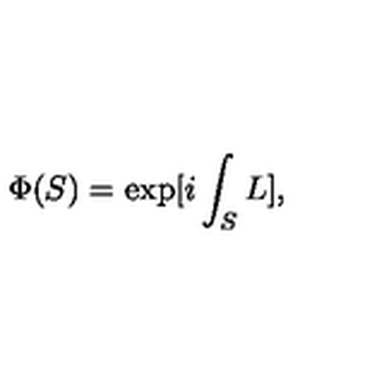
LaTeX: \Phi ( S ) = \exp [ i \int _ { S } L ] ,